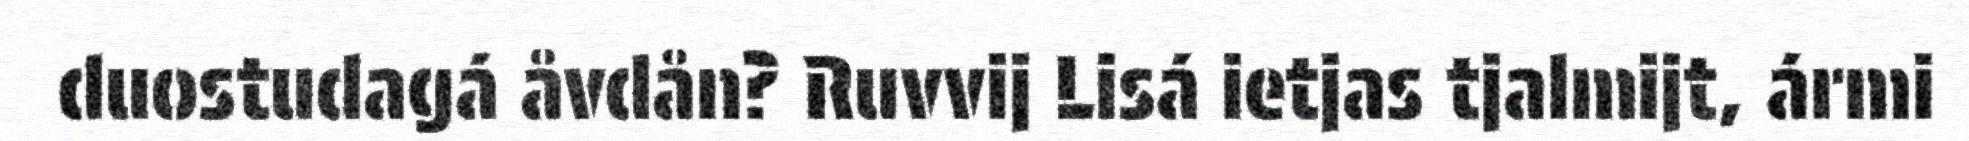
duostudagá åvdån? Ruvvij Lisá ietjas tjalmijt, ármi